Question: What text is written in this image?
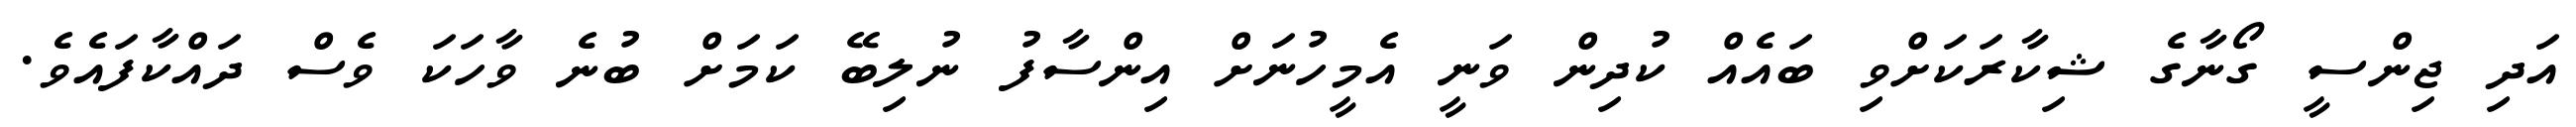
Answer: އަދި ޖިންސީ ގޯނާގެ ޝިކާރަކަށްވި ބައެއް ކުދިން ވަނީ އެމީހުނަށް އިންސާފު ނުލިބޭ ކަމަށް ބުނެ ވާހަކަ ވެސް ދައްކާފައެވެ.